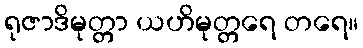
ရုဇာဒိမုတ္တာ ယဟိမုတ္တရေ တရေ။